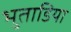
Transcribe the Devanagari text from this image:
भुताडिया